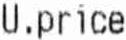
U.PRICE